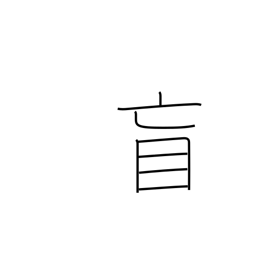
Meaning: blind